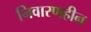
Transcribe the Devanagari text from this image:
निवारणहीन